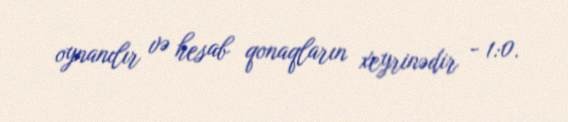
oynanılır və hesab qonaqların xeyrinədir - 1:0.